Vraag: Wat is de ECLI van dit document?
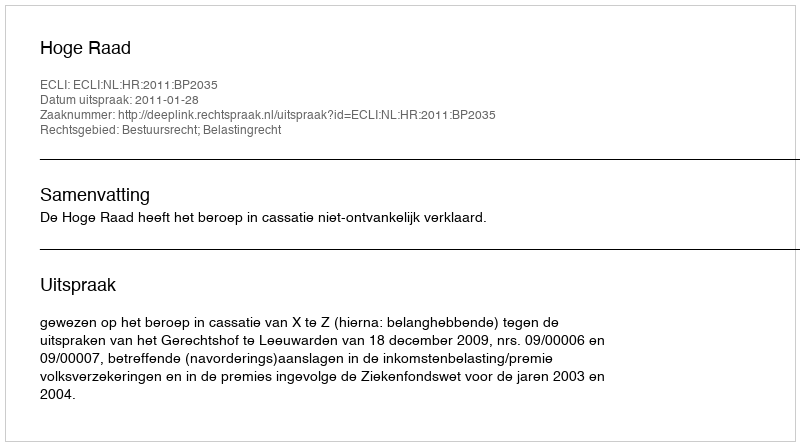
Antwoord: ECLI:NL:HR:2011:BP2035